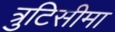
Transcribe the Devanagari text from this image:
त्रुटिसीमा